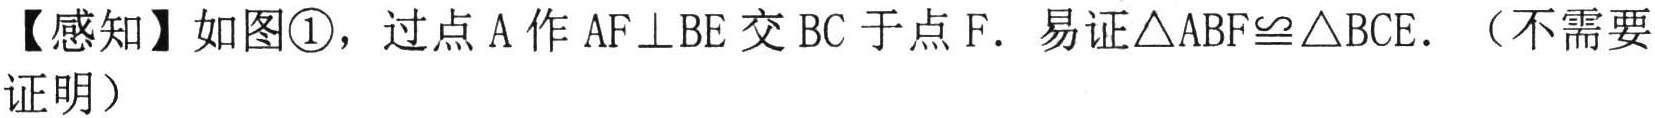
【感知】如图\textcircled{1}，过点\(A\)作\(AF\perp BE\)交\(BC\)于点\(F\). 易证\(\triangle ABF\cong\triangle BCE\).（不需要证明）